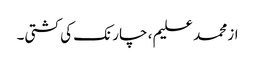
از محمد علیم ، چارنک کی کشتی۔